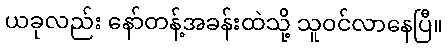
ယခုလည်း နော်တန့်အခန်းထဲသို့ သူဝင်လာနေပြီ။